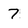
Character: 7